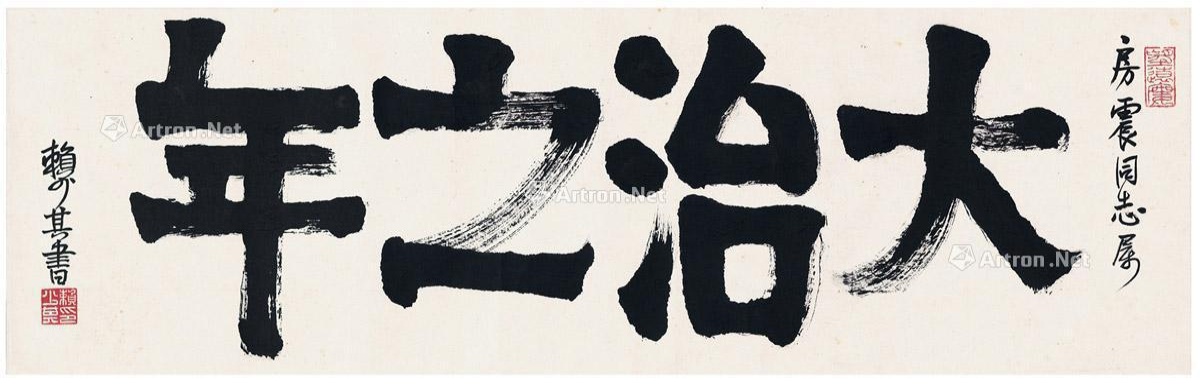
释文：大治之年。房震同志属，赖少其。